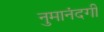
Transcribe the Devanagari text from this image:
नुमानंदगी